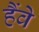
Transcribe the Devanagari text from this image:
हैंवे